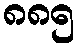
၈၈၅